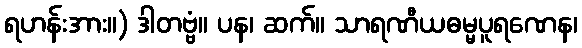
ရဟန်းအား။) ဒါတဗ္ဗံ။ ပန၊ ဆက်။ သာရဏီယဓမ္မပူရဏေန၊